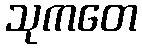
သုကတေ